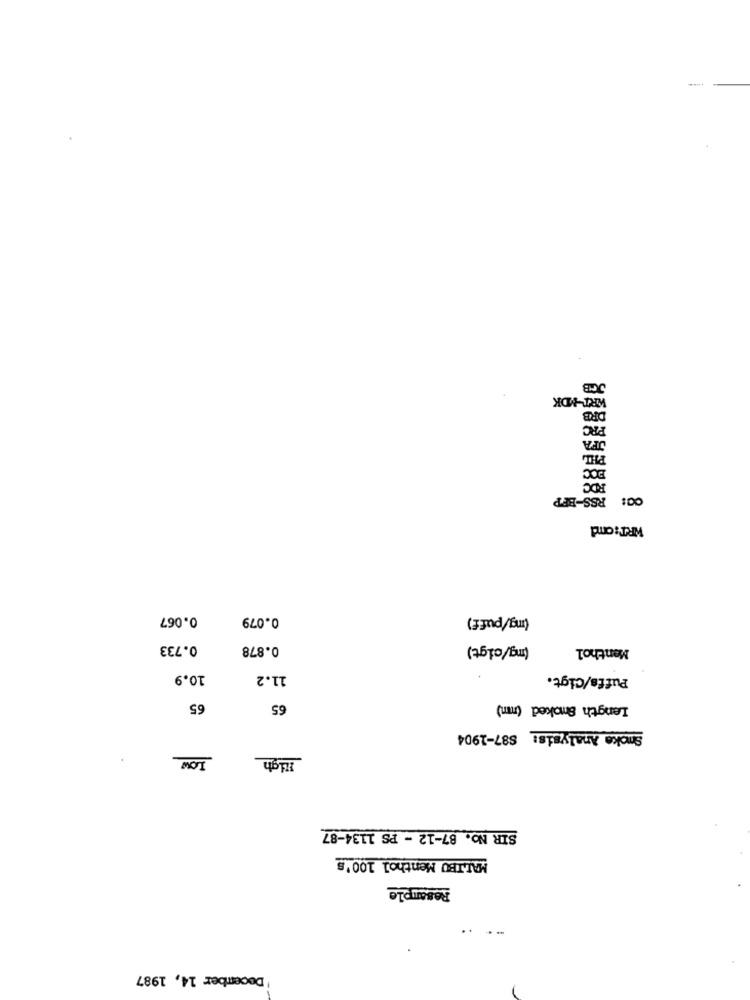
JCB
WRT-MDK
DRB
PRC
JFA
BOC
RDC
00: RSS-BFP
WRT:omd
0.067
0.079
(mg/puff)
0.733
0.878
(mg/cigt)
Menthol
10.9
11.2
Puffs/Cigt.
65
65
Length Smoked (mm)
Smoke Analysis: 887-1904
High
SIR No. 87-12 - PS 1134-87
MALIBU Menthol 100's
Resample
.. ..
December 14, 1987